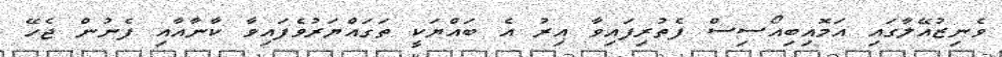
ވެނިޒުއޭލާގައި އަމޮއިބިއޯސިސް ފެތުރިފައިވާ އިރު އެ ބައްޔަކީ ތަގައްޔަރުވެފައިވާ ކާނާއާއި ފެނުން ޖެހޭ